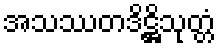
အသဿတဒိဋ္ဌိသုတ္တံ